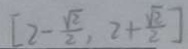
[ 2 - \frac { \sqrt { 2 } } { 2 } , 2 + \frac { \sqrt { 2 } } { 2 } ]